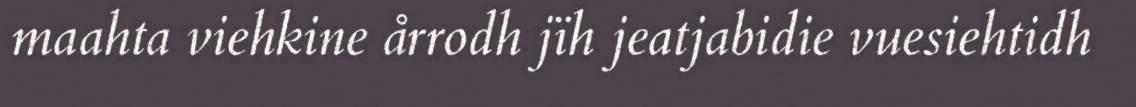
maahta viehkine årrodh jïh jeatjabidie vuesiehtidh